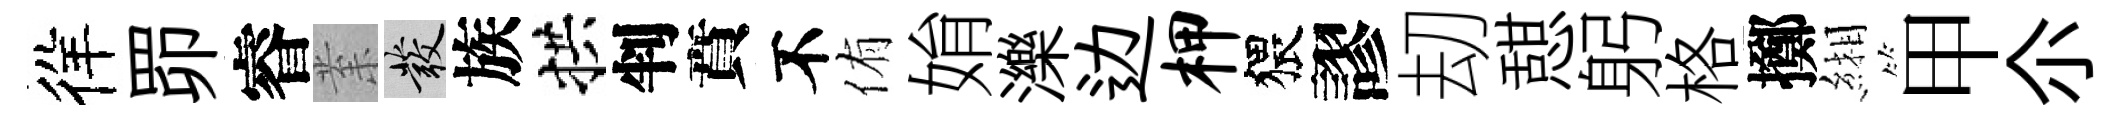
徉𦊑睿𭪙發族拱判賁不侑姢濼边柙猥謬刧憇躬格擲緗甲尒